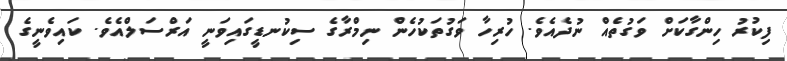
ފިކުރު ހިންގާކަށް ވަގުތެއް ނުދެއެވެ. ހުރިހާ ވަގުތަކުހެން ނިމްރާގެ ސިކުނޑީގައިވަނީ އަރްސަލްއެވެ. ކައިވެނީގެ